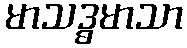
မာသဒ္ဓမာသာ